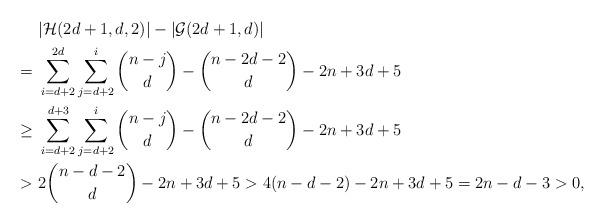
LaTeX: \begin{align*}&\ |\mathcal H(2d+1,d,2)|-|\mathcal G(2d+1,d)| \\= &\ \sum_{i=d+2}^{2d}\sum_{j=d+2}^{i}\binom{n-j}{d}-\binom{n-2d-2}{d}-2n+3d+5 \\\geq &\ \sum_{i=d+2}^{d+3}\sum_{j=d+2}^{i}\binom{n-j}{d}-\binom{n-2d-2}{d}-2n+3d+5 \\> &\ 2\binom{n-d-2}{d}-2n+3d+5 > 4(n-d-2)-2n+3d+5=2n-d-3>0,\end{align*}